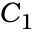
C _ { 1 }